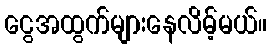
ငွေအထွက်များနေလိမ့်မယ်။